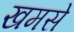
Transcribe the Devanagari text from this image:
खमसे